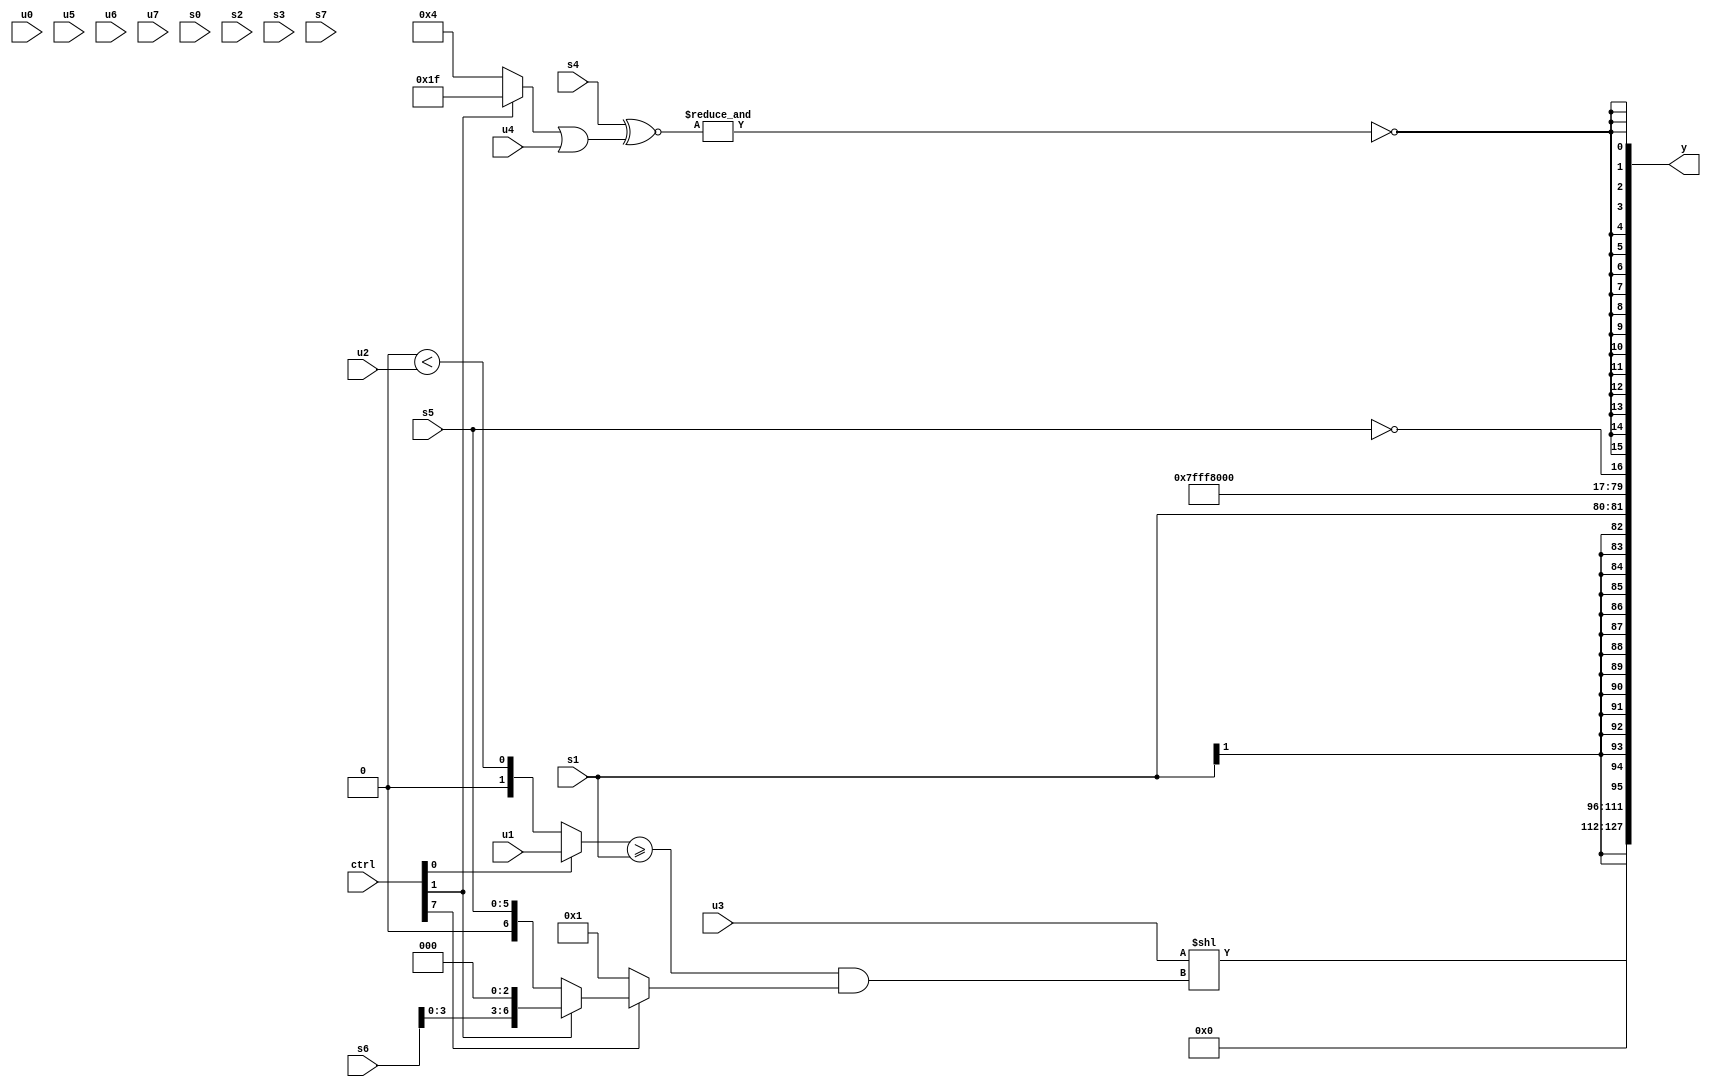
module wideexpr_00841(ctrl, u0, u1, u2, u3, u4, u5, u6, u7, s0, s1, s2, s3, s4, s5, s6, s7, y);
  input [7:0] ctrl;
  input [0:0] u0;
  input [1:0] u1;
  input [2:0] u2;
  input [3:0] u3;
  input [4:0] u4;
  input [5:0] u5;
  input [6:0] u6;
  input [7:0] u7;
  input signed [0:0] s0;
  input signed [1:0] s1;
  input signed [2:0] s2;
  input signed [3:0] s3;
  input signed [4:0] s4;
  input signed [5:0] s5;
  input signed [6:0] s6;
  input signed [7:0] s7;
  output [127:0] y;
  wire [15:0] y0;
  wire [15:0] y1;
  wire [15:0] y2;
  wire [15:0] y3;
  wire [15:0] y4;
  wire [15:0] y5;
  wire [15:0] y6;
  wire [15:0] y7;
  assign y = {y0,y1,y2,y3,y4,y5,y6,y7};
  assign y0 = ($signed(u3))<<((((ctrl[0]?(u1)<<(1'sb0):(4'sb0000)<(u2)))>=(s1))&((ctrl[7]?(ctrl[1]?(s6)<<<(2'sb11):$unsigned(s5)):|(-(2'sb01)))));
  assign y1 = 4'sb0000;
  assign y2 = s1;
  assign y3 = !((($signed(-((4'sb0011)<<<(6'sb000111))))|($signed({2{^(6'sb100010)}})))-(5'sb00100));
  assign y4 = {~|($signed(3'sb111))};
  assign y5 = 3'sb111;
  assign y6 = !(s5);
  assign y7 = $signed({1{-(~&(($unsigned($signed(s4)))^~(((ctrl[1]?5'sb11111:6'sb000100))|($signed(u4)))))}});
endmodule